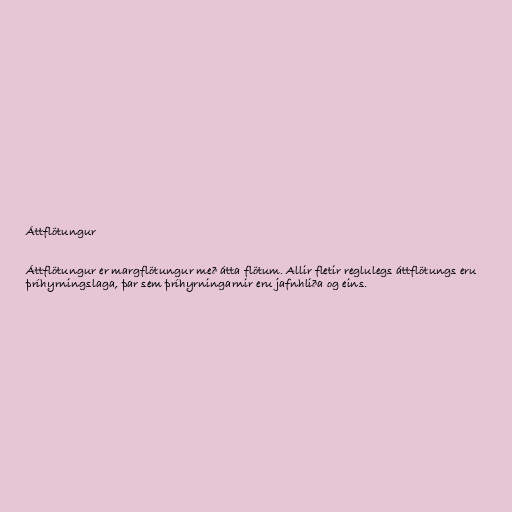
Áttflötungur

Áttflötungur er margflötungur með átta flötum. Allir fletir reglulegs áttflötungs eru
þríhyrningslaga, þar sem þríhyrningarnir eru jafnhliða og eins.